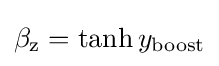
\beta _{\text{z}}=\tanh {y_{\text{boost}}}